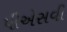
પીએસવી